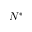
N ^ { * }